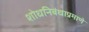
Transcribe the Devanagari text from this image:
शोधनिबंधाप्रमाणे